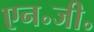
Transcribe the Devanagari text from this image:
एन॰जी॰